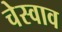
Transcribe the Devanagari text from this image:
चेस्वाव